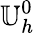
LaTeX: \mathbb{U}_{h}^{0}